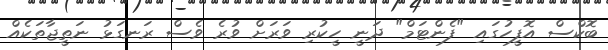
ބޮކްސް އޮފީހުގައި "ފެންޓަމް" ދަނީ ހީކުރި ވަރަށް ވުރެ ވެސް ރަނގަޅު ނަތީޖާތަކެއް